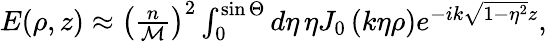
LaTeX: \begin{array}{r}{E(\rho,z)\approx\left(\frac{n}{\mathcal{M}}\right)^{2}\int_{0}^{\sin\Theta}d\eta\, \eta J_{0}\left(k\eta\rho\right)e^{-ik\sqrt{1-\eta^{2}}z},}\end{array}